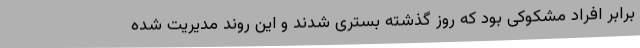
برابر افراد مشکوکی بود که روز گذشته بستری شدند و این روند مدیریت شده